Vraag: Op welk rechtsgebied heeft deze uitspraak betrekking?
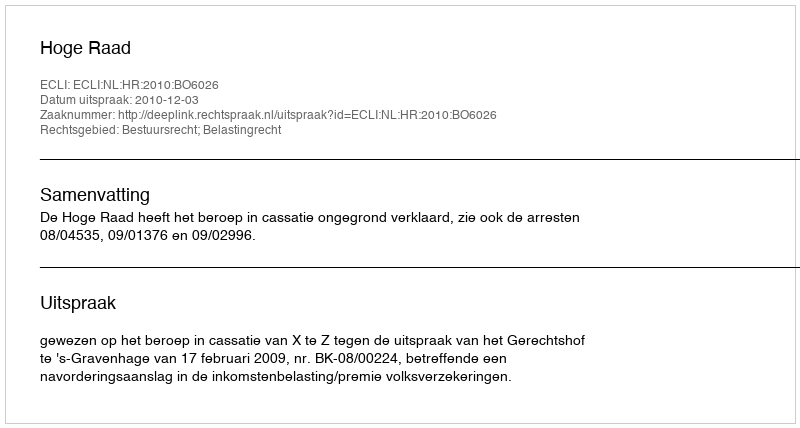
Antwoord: Bestuursrecht; Belastingrecht